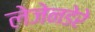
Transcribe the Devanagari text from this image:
लेजेनडेरे